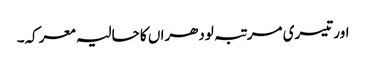
اور تیسری مرتبہ لودھراں کا حالیہ معرکہ۔